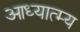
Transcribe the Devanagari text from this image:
आध्यात्म्य